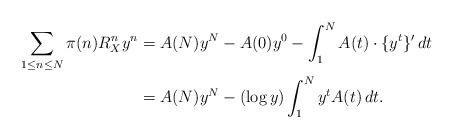
LaTeX: \begin{align*}\sum_{1\le n \le N}\pi(n)R_X^n y^n&=A(N)y^N-A(0)y^0-\int_1^N A(t)\cdot\{y^t\}'\,dt\\&=A(N)y^N-(\log y)\int_1^N y^tA(t)\,dt.\end{align*}